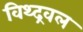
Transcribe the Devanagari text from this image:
विथ्द्रवल